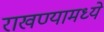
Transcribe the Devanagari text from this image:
राखण्यामध्ये